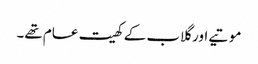
موتیے اور گلاب کے کھیت عام تھے۔